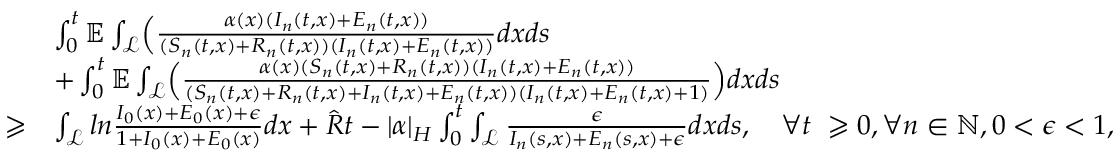
\begin{array} { r l } & { \int _ { 0 } ^ { t } \mathbb { E } \int _ { \mathcal { L } } \Bigl ( \frac { \alpha ( x ) ( I _ { n } ( t , x ) + E _ { n } ( t , x ) ) } { ( S _ { n } ( t , x ) + R _ { n } ( t , x ) ) ( I _ { n } ( t , x ) + E _ { n } ( t , x ) ) } d x d s } \\ & { + \int _ { 0 } ^ { t } \mathbb { E } \int _ { \mathcal { L } } \Bigl ( \frac { \alpha ( x ) ( S _ { n } ( t , x ) + R _ { n } ( t , x ) ) ( I _ { n } ( t , x ) + E _ { n } ( t , x ) ) } { ( S _ { n } ( t , x ) + R _ { n } ( t , x ) + I _ { n } ( t , x ) + E _ { n } ( t , x ) ) ( I _ { n } ( t , x ) + E _ { n } ( t , x ) + 1 ) } \Bigr ) d x d s } \\ { \geqslant } & { \int _ { \mathcal { L } } l n \frac { I _ { 0 } ( x ) + E _ { 0 } ( x ) + \epsilon } { 1 + I _ { 0 } ( x ) + E _ { 0 } ( x ) } d x + \hat { R } t - \left| \alpha \right| _ { H } \int _ { 0 } ^ { t } \int _ { \mathcal { L } } \frac { \epsilon } { I _ { n } ( s , x ) + E _ { n } ( s , x ) + \epsilon } d x d s , \quad \forall t \ \geqslant 0 , \forall n \in \mathbb { N } , 0 < \epsilon < 1 , } \end{array}